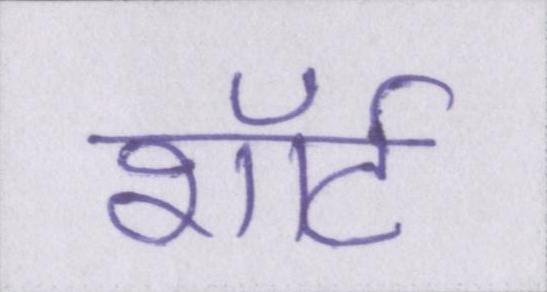
शॉर्ट